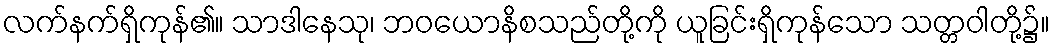
လက်နက်ရှိကုန်၏။ သာဒါနေသု၊ ဘဝယောနိစသည်တို့ကို ယူခြင်းရှိကုန်သော သတ္တဝါတို့၌။